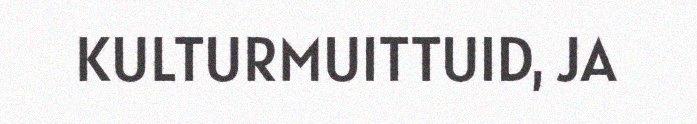
KULTURMUITTUID, JA